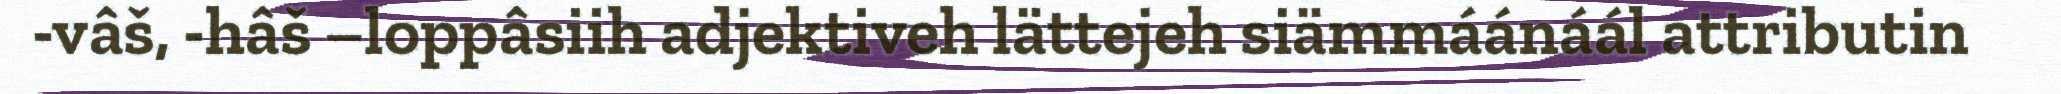
-vâš, -hâš –loppâsiih adjektiveh lättejeh siämmáánáál attributin